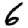
Digit: 6